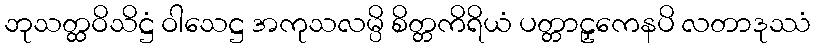
ဘုသတ္ထဝိသိဋ္ဌံ ဝါသေဋ္ဌ အကုသလမ္ပိ စိတ္တကိရိယံ ပတ္တာဠှကေနပိ လတာဒုဿံ